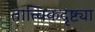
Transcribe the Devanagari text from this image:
तात्त्विकदृष्ट्या